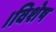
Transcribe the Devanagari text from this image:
।विशेष